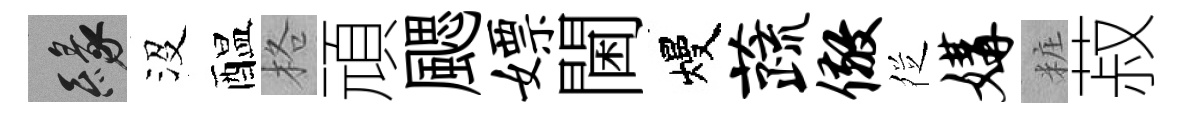
緣沒醖格頑颸嫖閫熳蔬儆徔媾粧菽